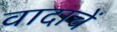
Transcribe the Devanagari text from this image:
वादाचें